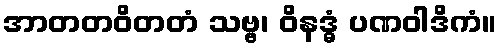
အာတတဝိတတံ သဗ္ဗ၊ ဝိနဒ္ဓံ ပဏဝါဒိကံ။